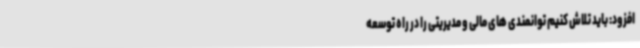
افزود: باید تلاش کنیم توانمندی های مالی و مدیریتی را در راه توسعه